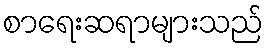
စာရေးဆရာများသည်